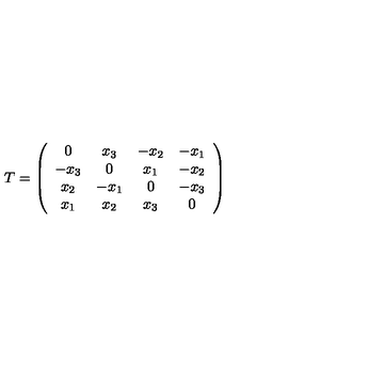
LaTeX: T = \left( \begin{array} { c c c c } { 0 } & { x _ { 3 } } & { - x _ { 2 } } & { - x _ { 1 } } \\ { - x _ { 3 } } & { 0 } & { x _ { 1 } } & { - x _ { 2 } } \\ { x _ { 2 } } & { - x _ { 1 } } & { 0 } & { - x _ { 3 } } \\ { x _ { 1 } } & { x _ { 2 } } & { x _ { 3 } } & { 0 } \\ \end{array} \right)